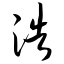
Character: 浩